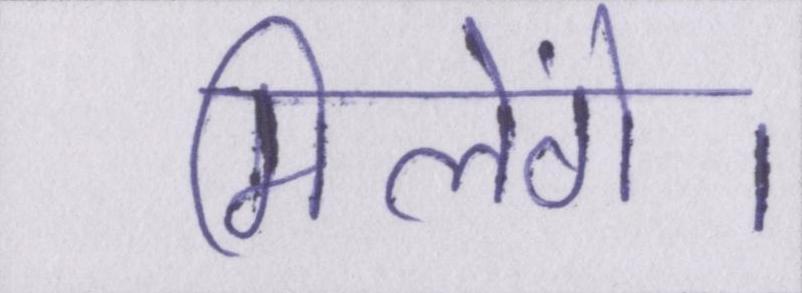
मिलेंगे।